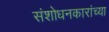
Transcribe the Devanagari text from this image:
संशोधनकारांच्या